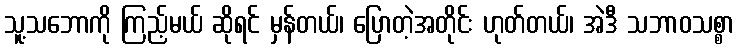
သူ့သဘောကို ကြည့်မယ် ဆိုရင် မှန်တယ်၊ ပြောတဲ့အတိုင်း ဟုတ်တယ်၊ အဲဒီ သဘာဝသစ္စာ